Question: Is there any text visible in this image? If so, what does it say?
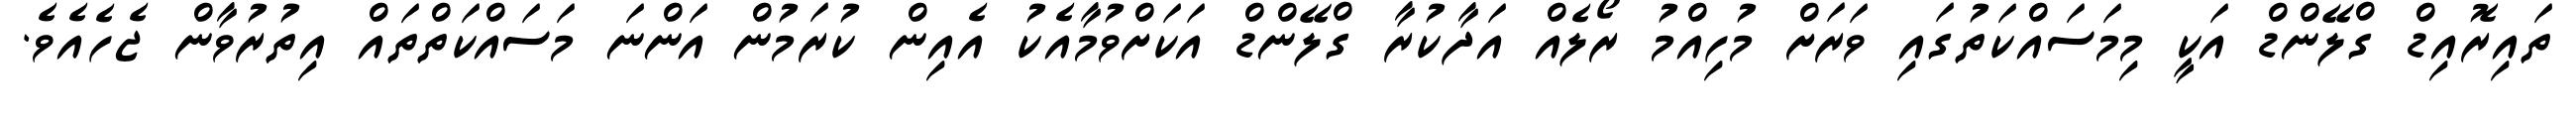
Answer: ތައިރޮއިޑް ގްލޭންޑް އަކީ މިމަސައްކަތުގައި ވަރަށް މުހިއްމު ރޯލެއް އަދާކުރާ ގްލޭންޑް އަކަށްވުމާއެކު އެއިން ކުރަމުން އަންނަ މަސައްކަތްތައް އިތުރުވާން ޖެހެއެވެ.